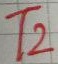
Text: T2